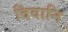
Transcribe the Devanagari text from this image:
दिवानि